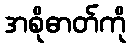
အစိုဓာတ်ကို